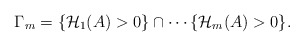
\begin{align*} \begin{aligned} {\Gamma}_m=\{ \mathcal{H}_1(A)>0\}\cap \cdots \{\mathcal{H}_m(A)>0\}. \end{aligned} \end{align*}